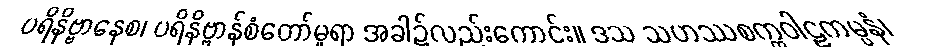
ပရိနိဗ္ဗာနေစ၊ ပရိနိဗ္ဗာန်စံတော်မူရာ အခါ၌လည်းကောင်း။ ဒသ သဟဿစက္ကဝါဠကမ္ပနံ၊